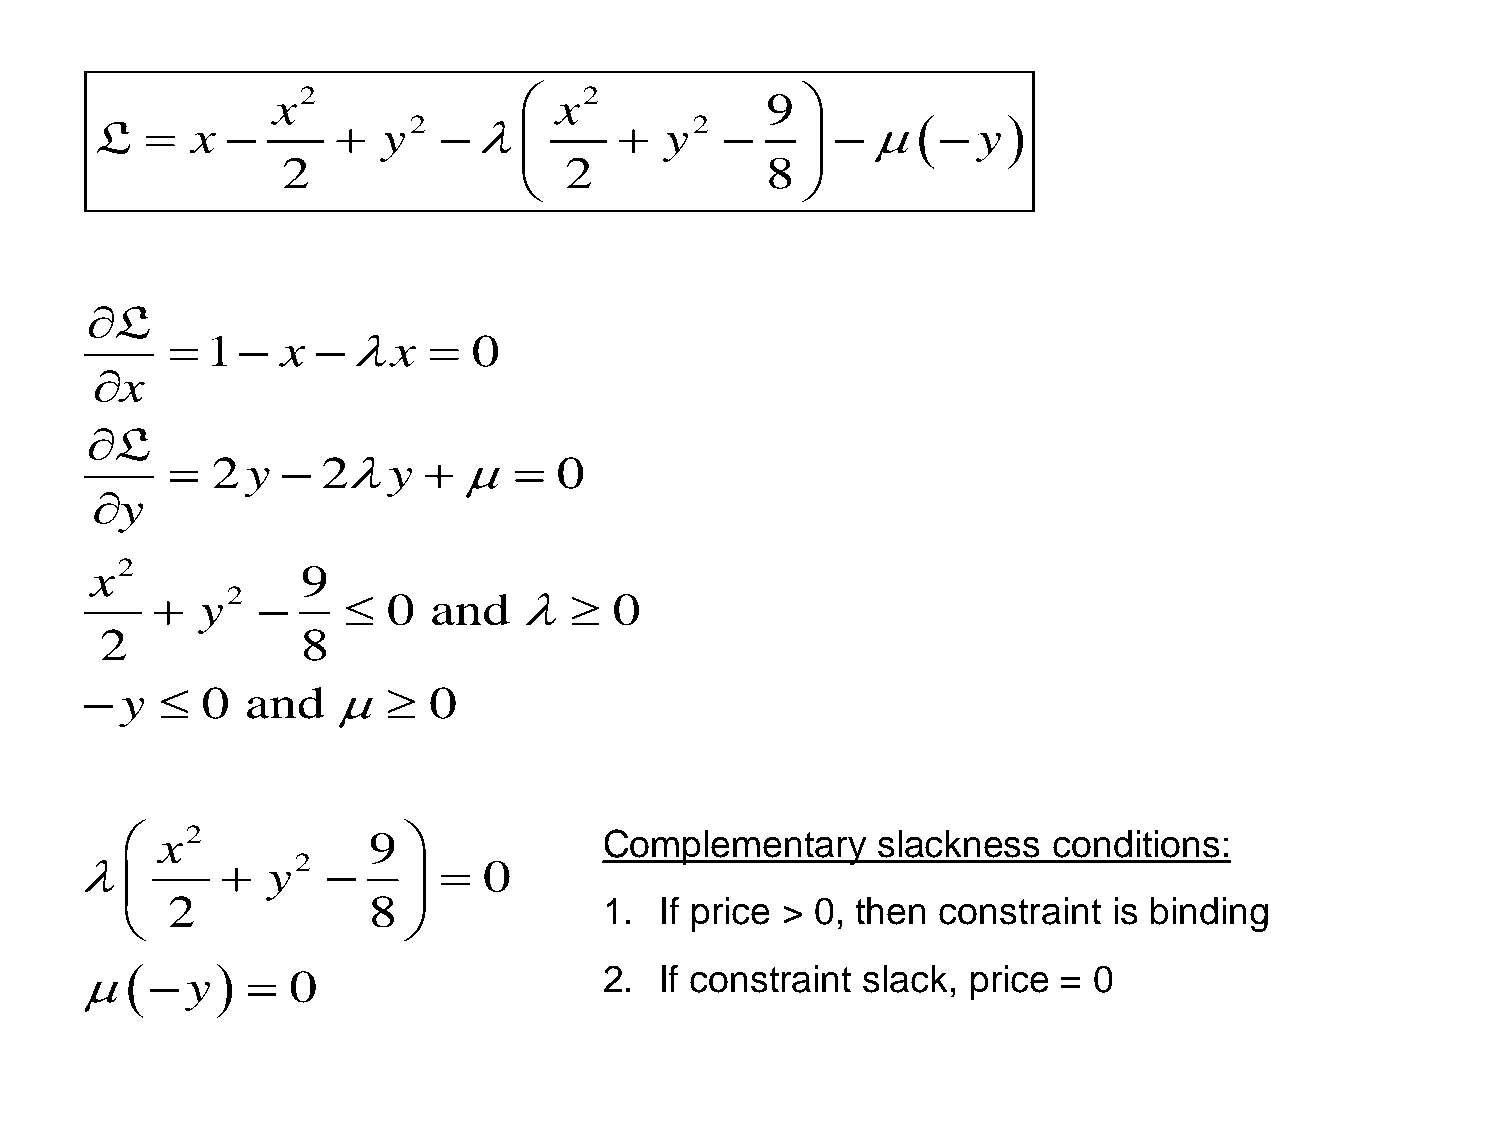
x2                x2            9 
 L     x         y2              y2              y
                   
 2                 2             8
                   
 L
   1   x x      0
 x
 L
   2y    2y          0
 y
 x2            9
   y2         0 and        0
 2            8
  y   0  and       0
  x2            9              Complementary     slackness   conditions:
            y2          0
                   
 2            8               1.  If price > 0, then constraint is binding
                   
     y    0                    2.  If constraint slack, price = 0